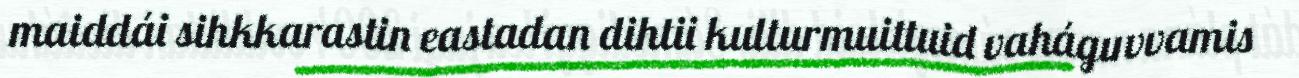
maiddái sihkkarastin eastadan dihtii kulturmuittuid vaháguvvamis